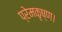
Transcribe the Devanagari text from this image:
प्रेमकृष्ण।